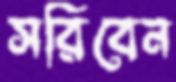
সরিবেন